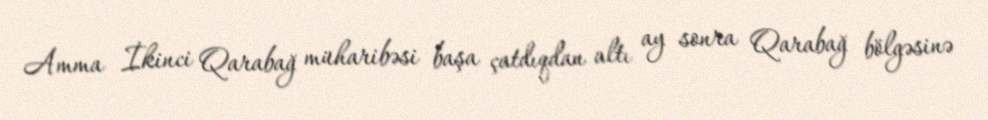
Amma İkinci Qarabağ müharibəsi başa çatdıqdan altı ay sonra Qarabağ bölgəsinə